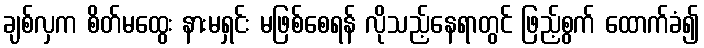
ချစ်လှက စိတ်မထွေး နားမရှင်း မဖြစ်စေရန် လိုသည့်နေရာတွင် ဖြည့်စွက် ထောက်ခံ၍